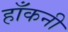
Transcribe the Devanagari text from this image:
हाँकनी